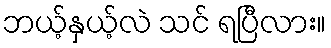
ဘယ့်နှယ့်လဲ သင် ရပြီလား။